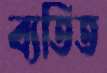
ব্যতিত